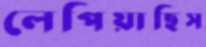
লেপিয়াছিস